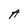
Character: A